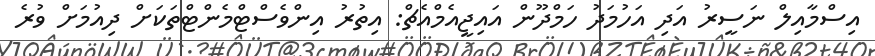
އިސްމާއިލް ނަސީރު އަދި އަހުމަދު ހަމްދޫން އައިޖީއެމްއެޗް: އިތުރު އިންވެސްޓްމެންޓްތަކަށް ދިއުމަށް ވުރެ